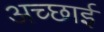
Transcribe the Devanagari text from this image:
अच्‍छाई